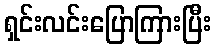
ရှင်းလင်းပြောကြားပြီး